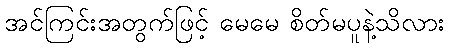
အင်ကြင်းအတွက်ဖြင့် မေမေ စိတ်မပူနဲ့သိလား